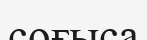
соғыса